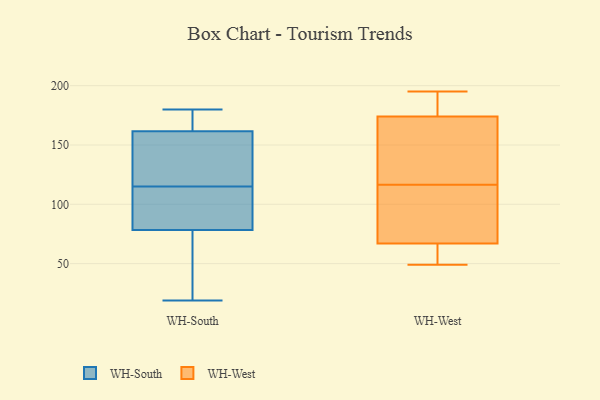
{"axis": {"x": "Bounce Rate (%)", "y": "Value"}, "legend": ["WH-South", "WH-West"], "data": [{"x": "", "y": 97, "type": "WH-South"}, {"x": "", "y": 79, "type": "WH-South"}, {"x": "", "y": 128, "type": "WH-South"}, {"x": "", "y": 19, "type": "WH-South"}, {"x": "", "y": 179, "type": "WH-South"}, {"x": "", "y": 78, "type": "WH-South"}, {"x": "", "y": 115, "type": "WH-South"}, {"x": "", "y": 180, "type": "WH-South"}, {"x": "", "y": 166, "type": "WH-South"}, {"x": "", "y": 19, "type": "WH-South"}, {"x": "", "y": 148, "type": "WH-South"}, {"x": "", "y": 110, "type": "WH-West"}, {"x": "", "y": 151, "type": "WH-West"}, {"x": "", "y": 187, "type": "WH-West"}, {"x": "", "y": 49, "type": "WH-West"}, {"x": "", "y": 174, "type": "WH-West"}, {"x": "", "y": 85, "type": "WH-West"}, {"x": "", "y": 54, "type": "WH-West"}, {"x": "", "y": 167, "type": "WH-West"}, {"x": "", "y": 67, "type": "WH-West"}, {"x": "", "y": 123, "type": "WH-West"}, {"x": "", "y": 67, "type": "WH-West"}, {"x": "", "y": 195, "type": "WH-West"}, {"x": "", "y": 180, "type": "WH-West"}, {"x": "", "y": 66, "type": "WH-West"}]}